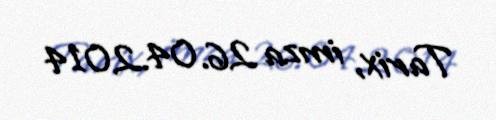
Tarix, imza 26.04.2014